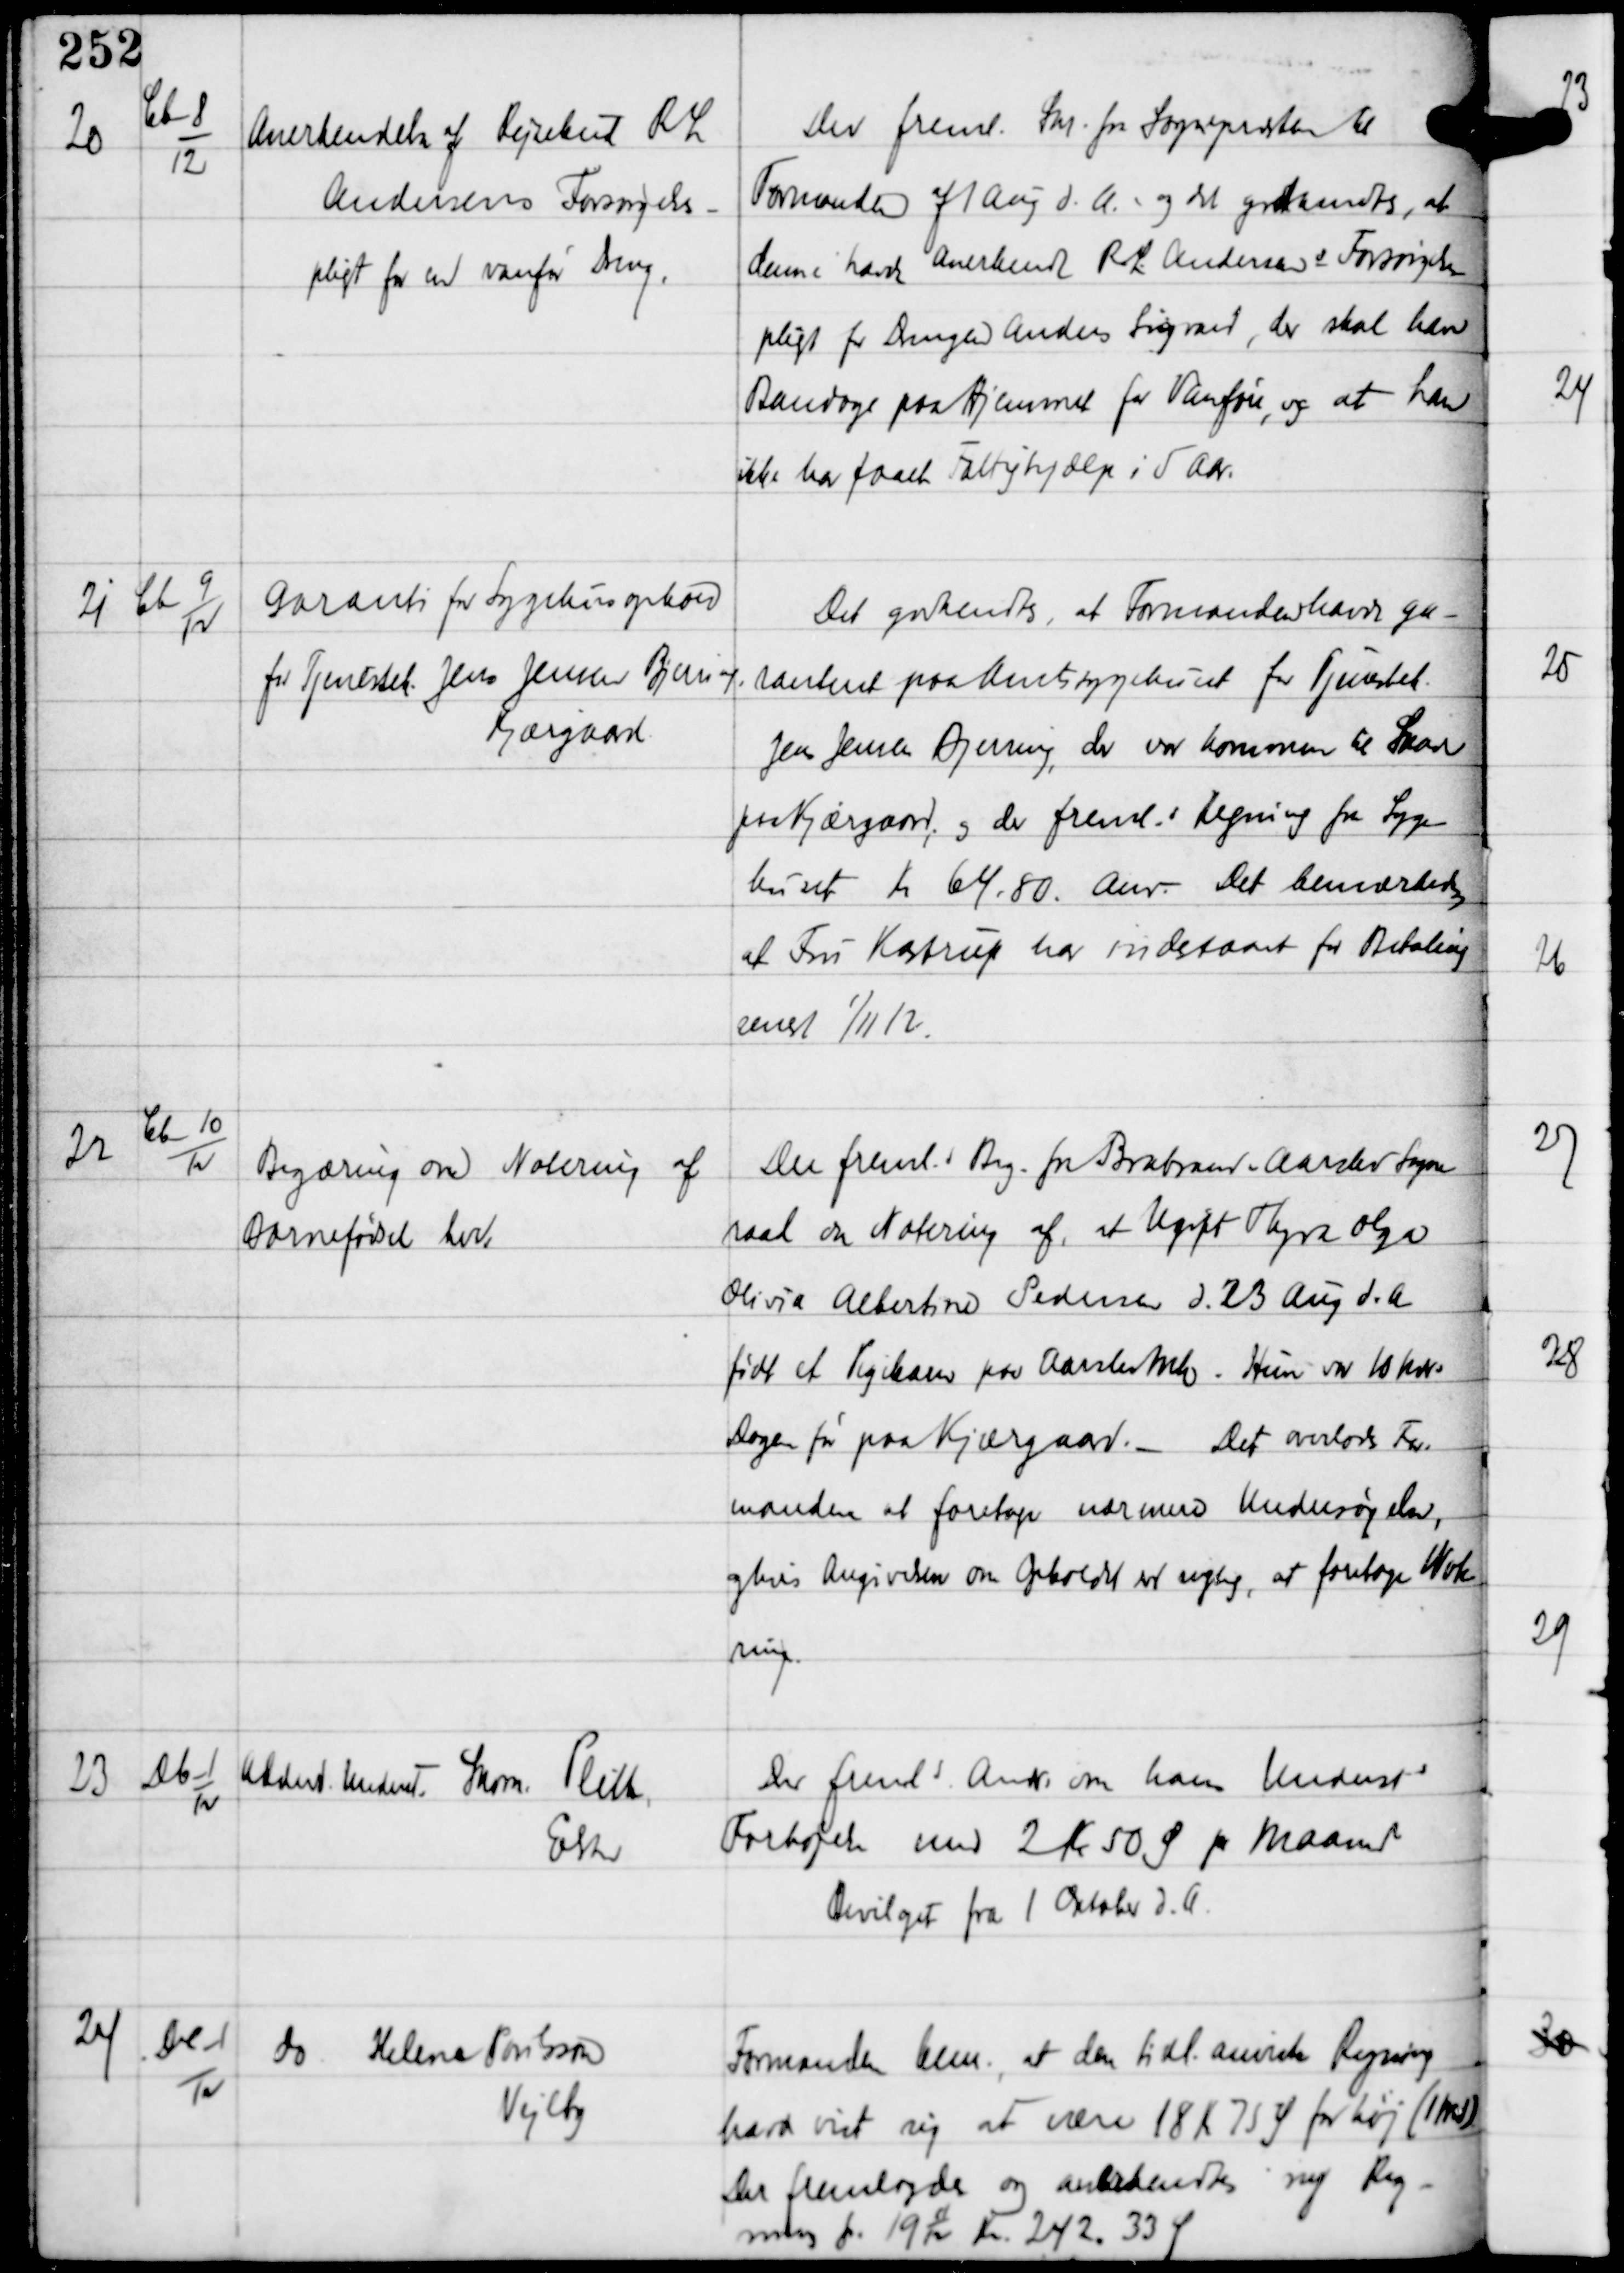
Transskription:
20

Cb-8
12

Anerkendelse af Rejsebud R L
Andersens Forsørgelses-
pligt for en vanfør Dreng.

Der freml. Skr. fra Sognepræsten til
Formanden af 1 Aug d.A. og det godkendtes, at
denne havde anerkendt R L Andersens Forsørgelses-
pligt for Drengen Anders Sigvard, der skal have
Bandage paa Hjemmet for Vanføre, og at han
ikke har faaet Fattighjælp i 5 Aar.

21

Cb-9
12

Garanti for Sygehusophold
for Tjenestek Jens Jensen Bjerring
Kjærgaard

Det godkendtes, at Formanden havde ga-
ranteret paa Amtssygehuset for Tjenestek
Jens Jensen Brejning, der var kommen til Skade
paa Kjærgaard og der fremls Regning fra Syge-
huset Kr 64.80. Anv Det bemærkedes,
at Fru Kastrup har indestaaet for Betaling
senest 1/11 12.

22

Cb-10
12

Begæring om Notering af
Barnefødsel her.

Der fremls Beg fra Brabrand - Aarslev Sogne-
raad om Notering af, at Ugift Thyra Olga
Olivia Albertine Pedersen d 23 Aug d.A.
født et Pigebarn paa Aarslev Mk. Hun var 10 mdrs
Dagen før paa Kjærgaard. - Det overlades For-
manden at foretage nærmere Undersøgelse,
og hvis Angivelsen om Opholdet er rigtig, at foretage Note-
ring.

23

Db-1
12

Alderd Underst Skom Plith,
Elsted

Der fremls Andr om hans Understs
Forhøjelse med 2 Kr 50 Ø pr Maaned
Bevilget fra 1 Oktober d.A.

24

Dc-1
12

do Helene Porilsson
Vejlby

Formanden bem. at den tidl anviste Regning
havde vist sig at være 18 Kr 75 Ø for høj (xx)
Der fremlagdes og anerkendtes ny Reg-
ning for 191112 Kr 242 33 Ø